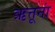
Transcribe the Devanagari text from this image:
ऋत्तूनां